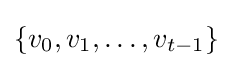
\{v_{0},v_{1},\ldots ,v_{t-1}\}